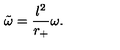
{ \tilde { \omega } } = \displaystyle \frac { l ^ { 2 } } { r _ { + } } \omega .